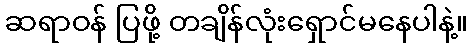
ဆရာဝန် ပြဖို့ တချိန်လုံးရှောင်မနေပါနဲ့။